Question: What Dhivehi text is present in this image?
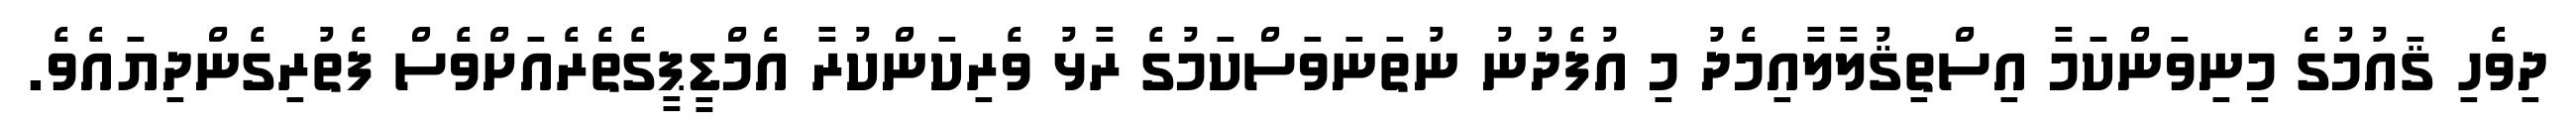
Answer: ދިވެހި ޤައުމުގެ މިނިވަންކަމާ އިސްތިޤުލާލާއިމެދު މި އުފެދުނު ނުތަނަވަސްކަމުގެ ރާޅު ވެރިކަންކުރާ އެމްޑީޕީގެތެރެއަށްވެސް ފެތުރިގެންދިޔައެވެ.